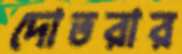
দোতরার